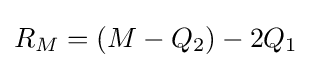
R_{M}=(M-Q_{2})-2Q_{1}